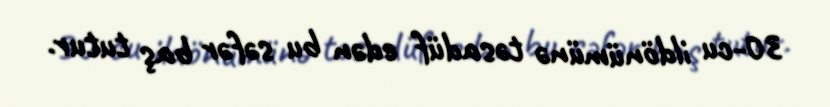
30-cu ildönümünə təsadüf edən bu səfər baş tutur.